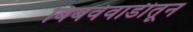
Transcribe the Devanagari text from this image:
बिबवेवाडीतून